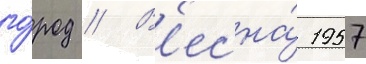
го́род // В'есна́ 1957